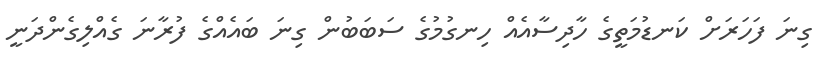
ގިނަ ފަހަަރަށް ކަނޑުމަތީގެ ހާދިސާއެއް ހިނގުމުގެ ސަބަބުން ގިނަ ބައެއްގެ ފުރާނަ ގެއްލިގެންދަނީ